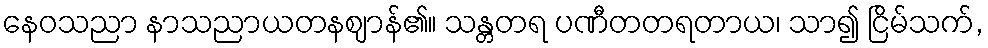
နေဝသညာ နာသညာယတနဈာန်၏။ သန္တတရ ပဏီတတရတာယ၊ သာ၍ ငြိမ်သက်,